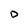
Character: D